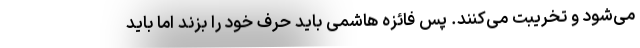
می‌شود و تخریبت می‌کنند. پس فائزه هاشمی باید حرف خود را بزند اما باید